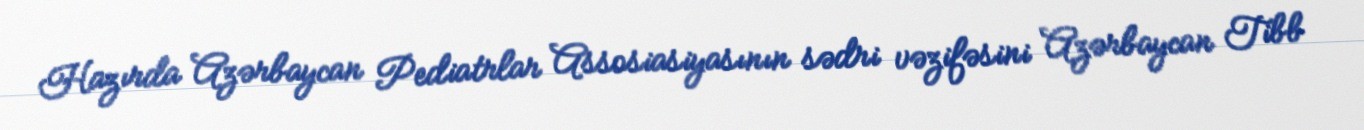
Hazırda Azərbaycan Pediatrlar Assosiasiyasının sədri vəzifəsini Azərbaycan Tibb